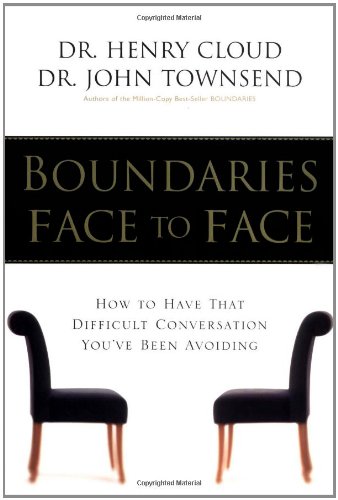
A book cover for Boundaries Face to Face: How to Have That Difficult Conversation You've Been Avoiding; Henry Cloud; Reference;